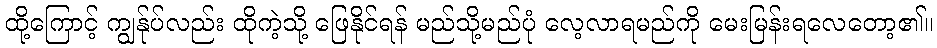
ထို့ကြောင့် ကျွန်ုပ်လည်း ထိုကဲ့သို့ ဖြေနိုင်ရန် မည်သို့မည်ပုံ လေ့လာရမည်ကို မေးမြန်းရလေတော့၏။